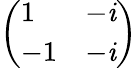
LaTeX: \left(\begin{array}{ll}{1}&{-\mathit{i}}\\ {-1}&{-\mathit{i}}\end{array}\right)